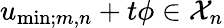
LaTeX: u_{\mathrm{min};m,n}+t\phi\in\mathcal X_{n}